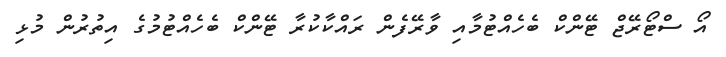
އޯ ސްޓޯރޭޖް ޓޭންކް ބެހެއްޓުމާއި ވާރޭފެން ރައްކާކުރާ ޓޭންކް ބެހެއްޓުމުގެ އިތުރުން މުޅި